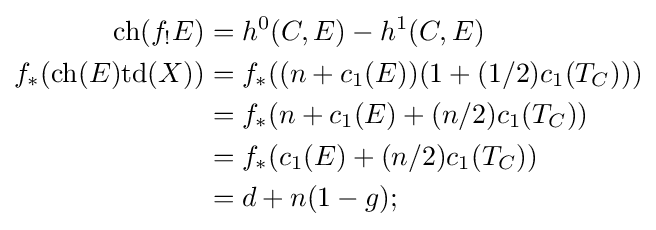
{\begin{aligned}\mathrm {ch} (f_{!}E)&=h^{0}(C,E)-h^{1}(C,E)\\f_{*}(\mathrm {ch} (E)\mathrm {td} (X))&=f_{*}((n+c_{1}(E))(1+(1/2)c_{1}(T_{C})))\\&=f_{*}(n+c_{1}(E)+(n/2)c_{1}(T_{C}))\\&=f_{*}(c_{1}(E)+(n/2)c_{1}(T_{C}))\\&=d+n(1-g);\end{aligned}}